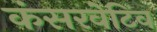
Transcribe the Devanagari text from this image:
कंसरवेटिव